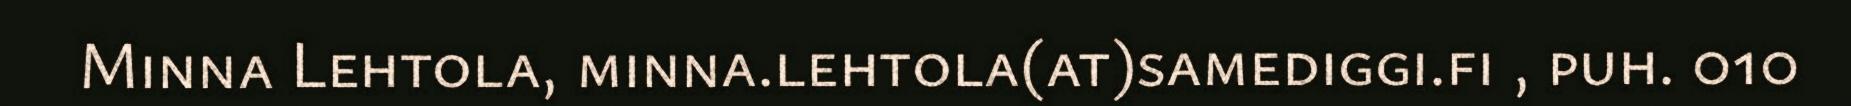
Minna Lehtola, minna.lehtola(at)samediggi.fi , puh. 010